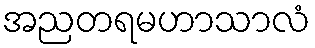
အညတရမဟာသာလံ